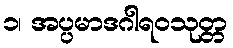
၁၊ အပ္ပမာဒဂါရဝသုတ္တ